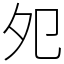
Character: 夗